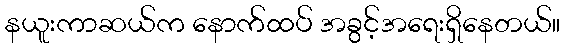
နယူးကာဆယ်က နောက်ထပ် အခွင့်အရေးရှိနေတယ်။